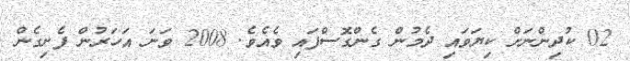
02 ކުދިންނަށް ކިޔަވައި ދެމުން ގެންގޮސްފައި ވެއެވެ. 2008 ވަނަ އަހަރުން ފެށިގެން